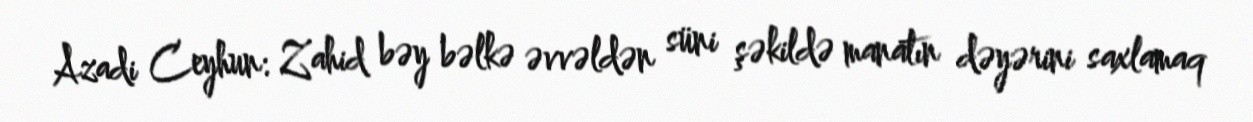
Azadi Ceyhun: Zahid bəy bəlkə əvvəldən süni şəkildə manatın dəyərini saxlamaq